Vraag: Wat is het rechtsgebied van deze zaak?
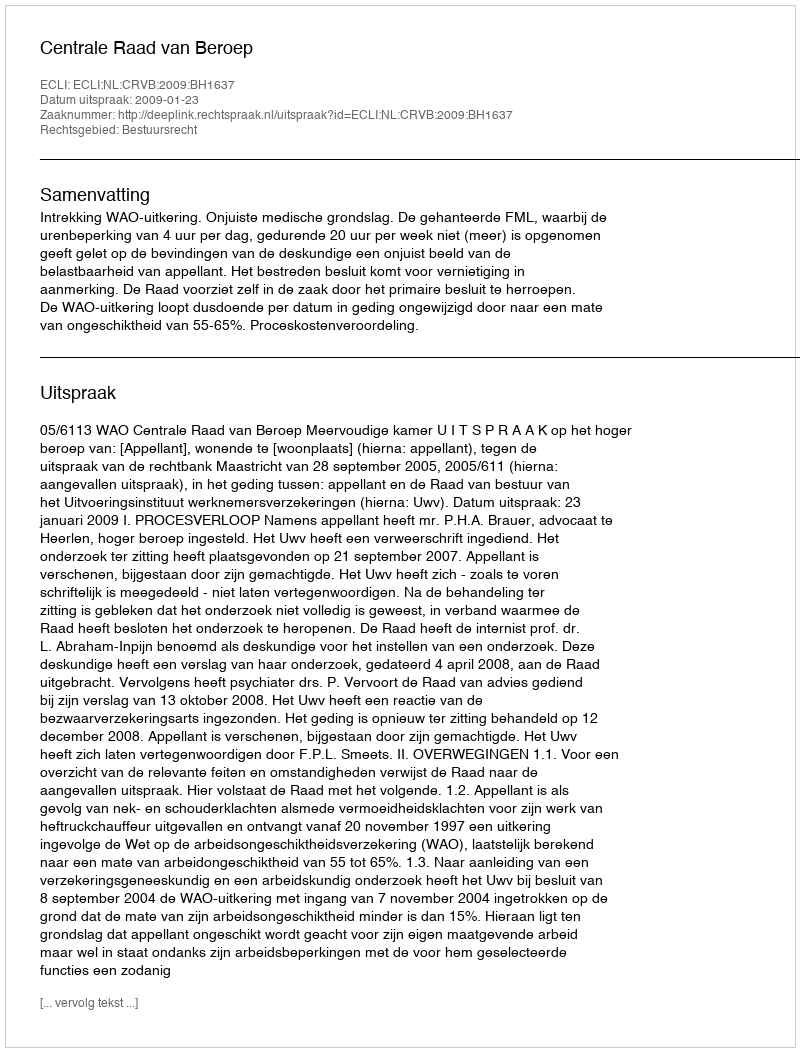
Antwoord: Bestuursrecht